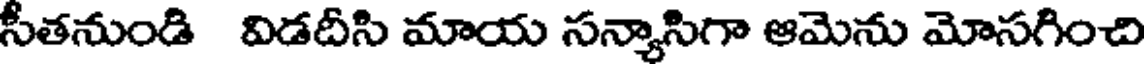
సీతనుండి విడదీసి మాయ సన్యాసిగా ఆమెను మోసగించి